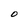
Character: O